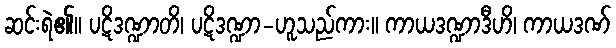
ဆင်းရဲ၏။ ပဋိဒဏ္ဍာတိ၊ ပဋိဒဏ္ဍာ-ဟူသည်ကား။ ကာယဒဏ္ဍာဒီဟိ၊ ကာယဒဏ်